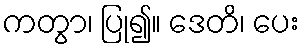
ကတွာ၊ ပြု၍။ ဒေတိ၊ ပေး